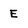
Character: E